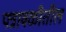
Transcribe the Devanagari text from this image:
पत्रावळीतील